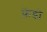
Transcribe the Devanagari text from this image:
फ्रेंडो